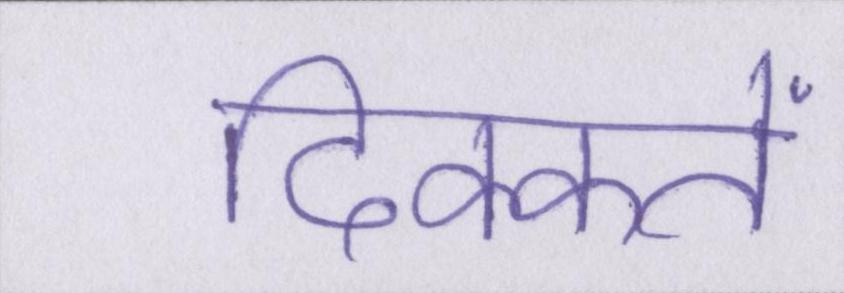
दिक्कतें